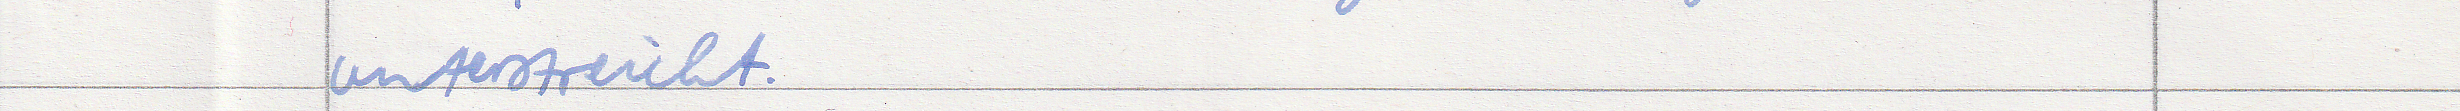
unterstreicht.